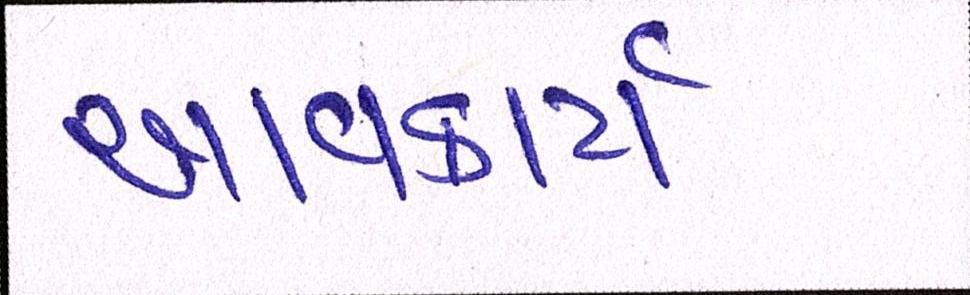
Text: આવકાર્ય